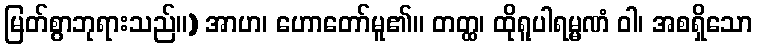
မြတ်စွာဘုရားသည်။) အာဟ၊ ဟောတော်မူ၏။ တတ္ထ၊ ထိုရူပါရမ္မဏံ ဝါ၊ အစရှိသော